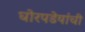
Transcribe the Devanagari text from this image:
घोरपडेयांची